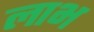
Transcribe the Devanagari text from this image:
लाभ